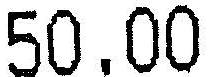
50.00